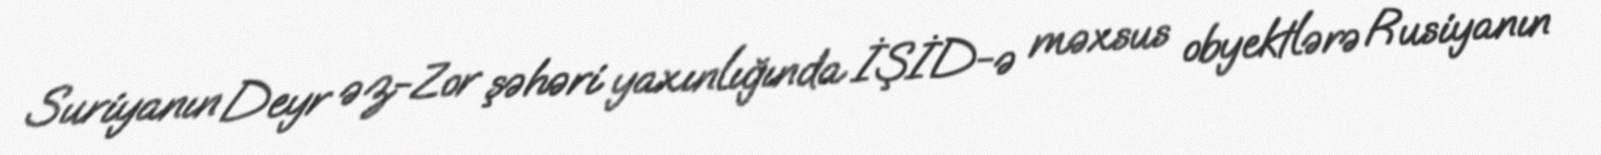
Suriyanın Deyr əz-Zor şəhəri yaxınlığında İŞİD-ə məxsus obyektlərə Rusiyanın